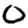
Digit: 0